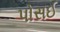
પોસઈ